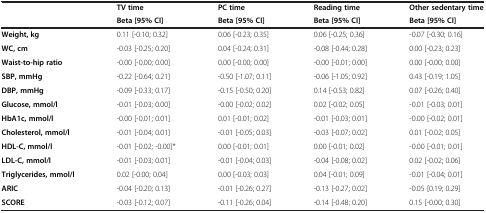
<table><thead><tr><td rowspan="2"><b> </b></td><td><b>TV time</b></td><td><b>PC time</b></td><td><b>Reading time</b></td><td><b>Other sedentary time</b></td></tr><tr><td><b>Beta [95% CI]</b></td><td><b>Beta [95% CI]</b></td><td><b>Beta [95% CI]</b></td><td><b>Beta [95% CI]</b></td></tr></thead><tbody><tr><td><b>Weight, kg</b></td><td>0.11 [-0.10; 0.32]</td><td>0.06 [-0.23; 0.35]</td><td>0.06 [-0.25; 0.36]</td><td>-0.07 [-0.30; 0.16]</td></tr><tr><td><b>WC, cm</b></td><td>-0.03 [-0.25; 0.20]</td><td>0.04 [-0.24; 0.31]</td><td>-0.08 [-0.44; 0.28]</td><td>0.00 [-0.23; 0.23]</td></tr><tr><td><b>Waist-to-hip ratio</b></td><td>-0.00 [-0.00; 0.00]</td><td>0.00 [-0.00; 0.00]</td><td>-0.00 [-0.01; 0.00]</td><td>0.00 [-0.00; 0.00]</td></tr><tr><td><b>SBP, mmHg</b></td><td>-0.22 [-0.64; 0.21]</td><td>-0.50 [-1.07; 0.11]</td><td>-0.06 [-1.05; 0.92]</td><td>0.43 [-0.19; 1.05]</td></tr><tr><td><b>DBP, mmHg</b></td><td>-0.09 [-0.33; 0.17]</td><td>-0.15 [-0.50; 0.20]</td><td>0.14 [-0.53; 0.82]</td><td>0.07 [-0.26; 0.40]</td></tr><tr><td><b>Glucose, mmol/l</b></td><td>-0.01 [-0.03; 0.00]</td><td>-0.00 [-0.02; 0.02]</td><td>0.02 [-0.02; 0.05]</td><td>-0.01 [-0.03; 0.01]</td></tr><tr><td><b>HbA1c, mmol/l</b></td><td>-0.00 [-0.01; 0.01]</td><td>0.01 [-0.01; 0.02]</td><td>-0.01 [-0.03; 0.01]</td><td>-0.00 [-0.02; 0.01]</td></tr><tr><td><b>Cholesterol, mmol/l</b></td><td>-0.01 [-0.04; 0.01]</td><td>-0.01 [-0.05; 0.03]</td><td>-0.03 [-0.07; 0.02]</td><td>0.01 [-0.02; 0.05]</td></tr><tr><td><b>HDL-C, mmol/l</b></td><td>-0.01 [-0.02; -0.00]*</td><td>0.00 [-0.01; 0.01]</td><td>0.00 [-0.01; 0.02]</td><td>-0.00 [-0.01; 0.01]</td></tr><tr><td><b>LDL-C, mmol/l</b></td><td>-0.01 [-0.03; 0.01]</td><td>-0.01 [-0.04; 0.03]</td><td>-0.04 [-0.08; 0.02]</td><td>0.02 [-0.02; 0.06]</td></tr><tr><td><b>Triglycerides, mmol/l</b></td><td>0.02 [-0.00; 0.04]</td><td>0.00 [-0.03; 0.03]</td><td>0.04 [-0.01; 0.09]</td><td>-0.01 [-0.04; 0.01]</td></tr><tr><td><b>ARIC</b></td><td>-0.04 [-0.20; 0.13]</td><td>-0.01 [-0.26; 0.27]</td><td>-0.13 [-0.27; 0.02]</td><td>-0.05 [0.19; 0.29]</td></tr><tr><td><b>SCORE</b></td><td>-0.03 [-0.12; 0.07]</td><td>-0.11 [-0.26; 0.04]</td><td>-0.14 [-0.48; 0.20]</td><td>0.15 [-0.00; 0.30]</td></tr></tbody></table>